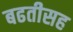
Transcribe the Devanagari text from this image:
बढतीसह